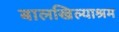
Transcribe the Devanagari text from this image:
बालखिल्याश्रम